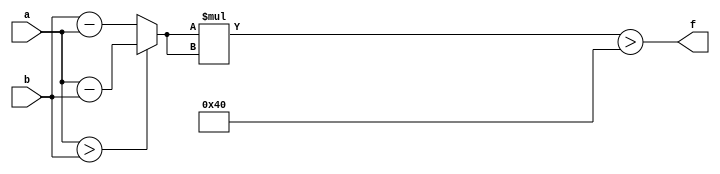
module maxse_mit(a, b, f);
parameter _bit = 9;
parameter maxse = 64;
input [_bit - 1: 0] a;
input [_bit - 1: 0] b;
output f;
wire [_bit - 1: 0] diff;
wire [_bit * 2 - 1: 0] se;
assign diff = (a > b)? (a - b): (b - a);
assign se = diff * diff;
assign f = (se > maxse);
endmodule